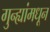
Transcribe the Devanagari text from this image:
गुन्ह्यांमधून